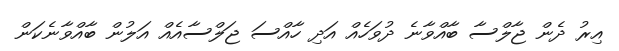
އިރު ދެން ޖާލްސާ ބާއްވާނެ ދުވަހެއް އަދި ހާއްސަ ޖަލްސާއެއް އަލުން ބާއްވާނެކަން